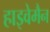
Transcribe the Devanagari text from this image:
हाइवेमैन